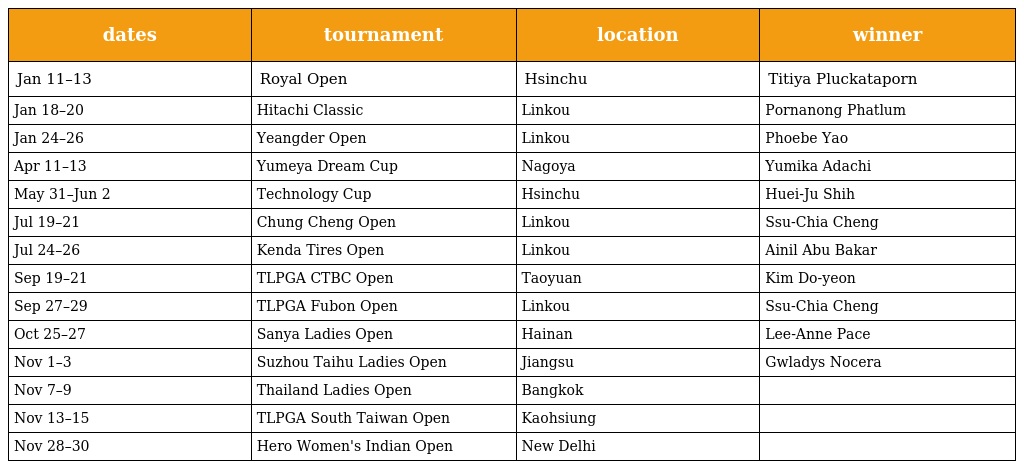
| dates | tournament | location | winner |
 | --- | --- | --- | --- |
 | Jan 11–13 | Royal Open | Hsinchu | Titiya Pluckataporn |
 | Jan 18–20 | Hitachi Classic | Linkou | Pornanong Phatlum |
 | Jan 24–26 | Yeangder Open | Linkou | Phoebe Yao |
 | Apr 11–13 | Yumeya Dream Cup | Nagoya | Yumika Adachi |
 | May 31–Jun 2 | Technology Cup | Hsinchu | Huei-Ju Shih |
 | Jul 19–21 | Chung Cheng Open | Linkou | Ssu-Chia Cheng |
 | Jul 24–26 | Kenda Tires Open | Linkou | Ainil Abu Bakar |
 | Sep 19–21 | TLPGA CTBC Open | Taoyuan | Kim Do‐yeon |
 | Sep 27–29 | TLPGA Fubon Open | Linkou | Ssu-Chia Cheng |
 | Oct 25–27 | Sanya Ladies Open | Hainan | Lee-Anne Pace |
 | Nov 1–3 | Suzhou Taihu Ladies Open | Jiangsu | Gwladys Nocera |
 | Nov 7–9 | Thailand Ladies Open | Bangkok |  |
 | Nov 13–15 | TLPGA South Taiwan Open | Kaohsiung |  |
 | Nov 28–30 | Hero Women's Indian Open | New Delhi |  |